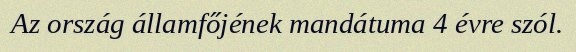
Az ország államfőjének mandátuma 4 évre szól.